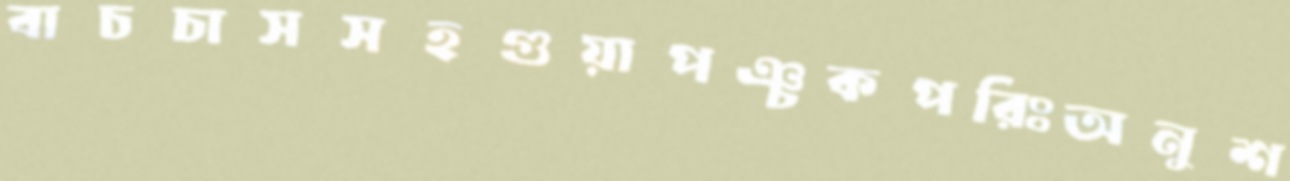
বাচচাসসহগুয়াপঞ্চকপরিঃঅনুশ